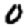
Digit: 0